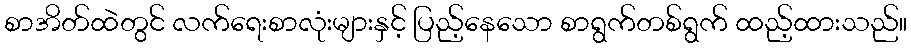
စာအိတ်ထဲတွင် လက်ရေးစာလုံးများနှင့် ပြည့်နေသော စာရွက်တစ်ရွက် ထည့်ထားသည်။